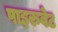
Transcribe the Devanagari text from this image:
पाइरुवेट